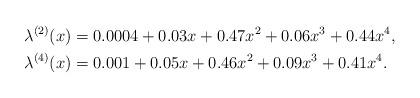
LaTeX: \begin{align*}\lambda^{(2)}(x) &= 0.0004 + 0.03x + 0.47x^2 + 0.06 x^3 + 0.44 x^4,\\\lambda^{(4)}(x) &= 0.001 + 0.05x + 0.46x^2 + 0.09 x^3 + 0.41 x^4.\end{align*}